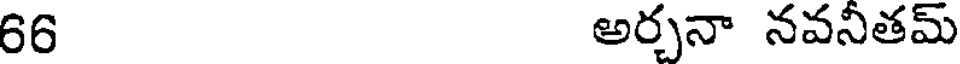
66 అర్చనా నవనీతమ్